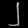
Digit: ၂